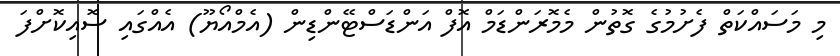
މި މަސައްކަތް ފެށުމުގެ ގޮތުން މެމޮރަންޑަމް އޮފް އަންޑަސްޓޭންޑިން (އެމްއޯޔޫ) އެއްގައި ސޮއިކޮށްފަ